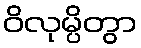
ဝိလုမ္ပိတွာ